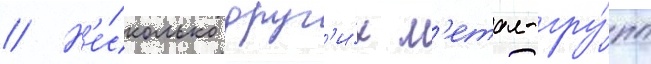
// Н'е́сколько друг'и́х м'етал-гру́пп